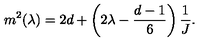
m ^ { 2 } ( \lambda ) = 2 d + \left( 2 \lambda - { \frac { d - 1 } { 6 } } \right) { \frac { 1 } { J } } .